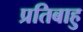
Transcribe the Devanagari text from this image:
प्रतिबाहु